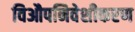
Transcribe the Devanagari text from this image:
विऔपनिवेशीकरण